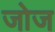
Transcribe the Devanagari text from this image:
जोज